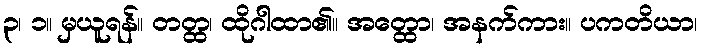
၃၊ ၁။ မှယူရန်။ တတ္ထ၊ ထိုဂါထာ၏။ အတ္ထော၊ အနက်ကား။ ပကတိယာ၊